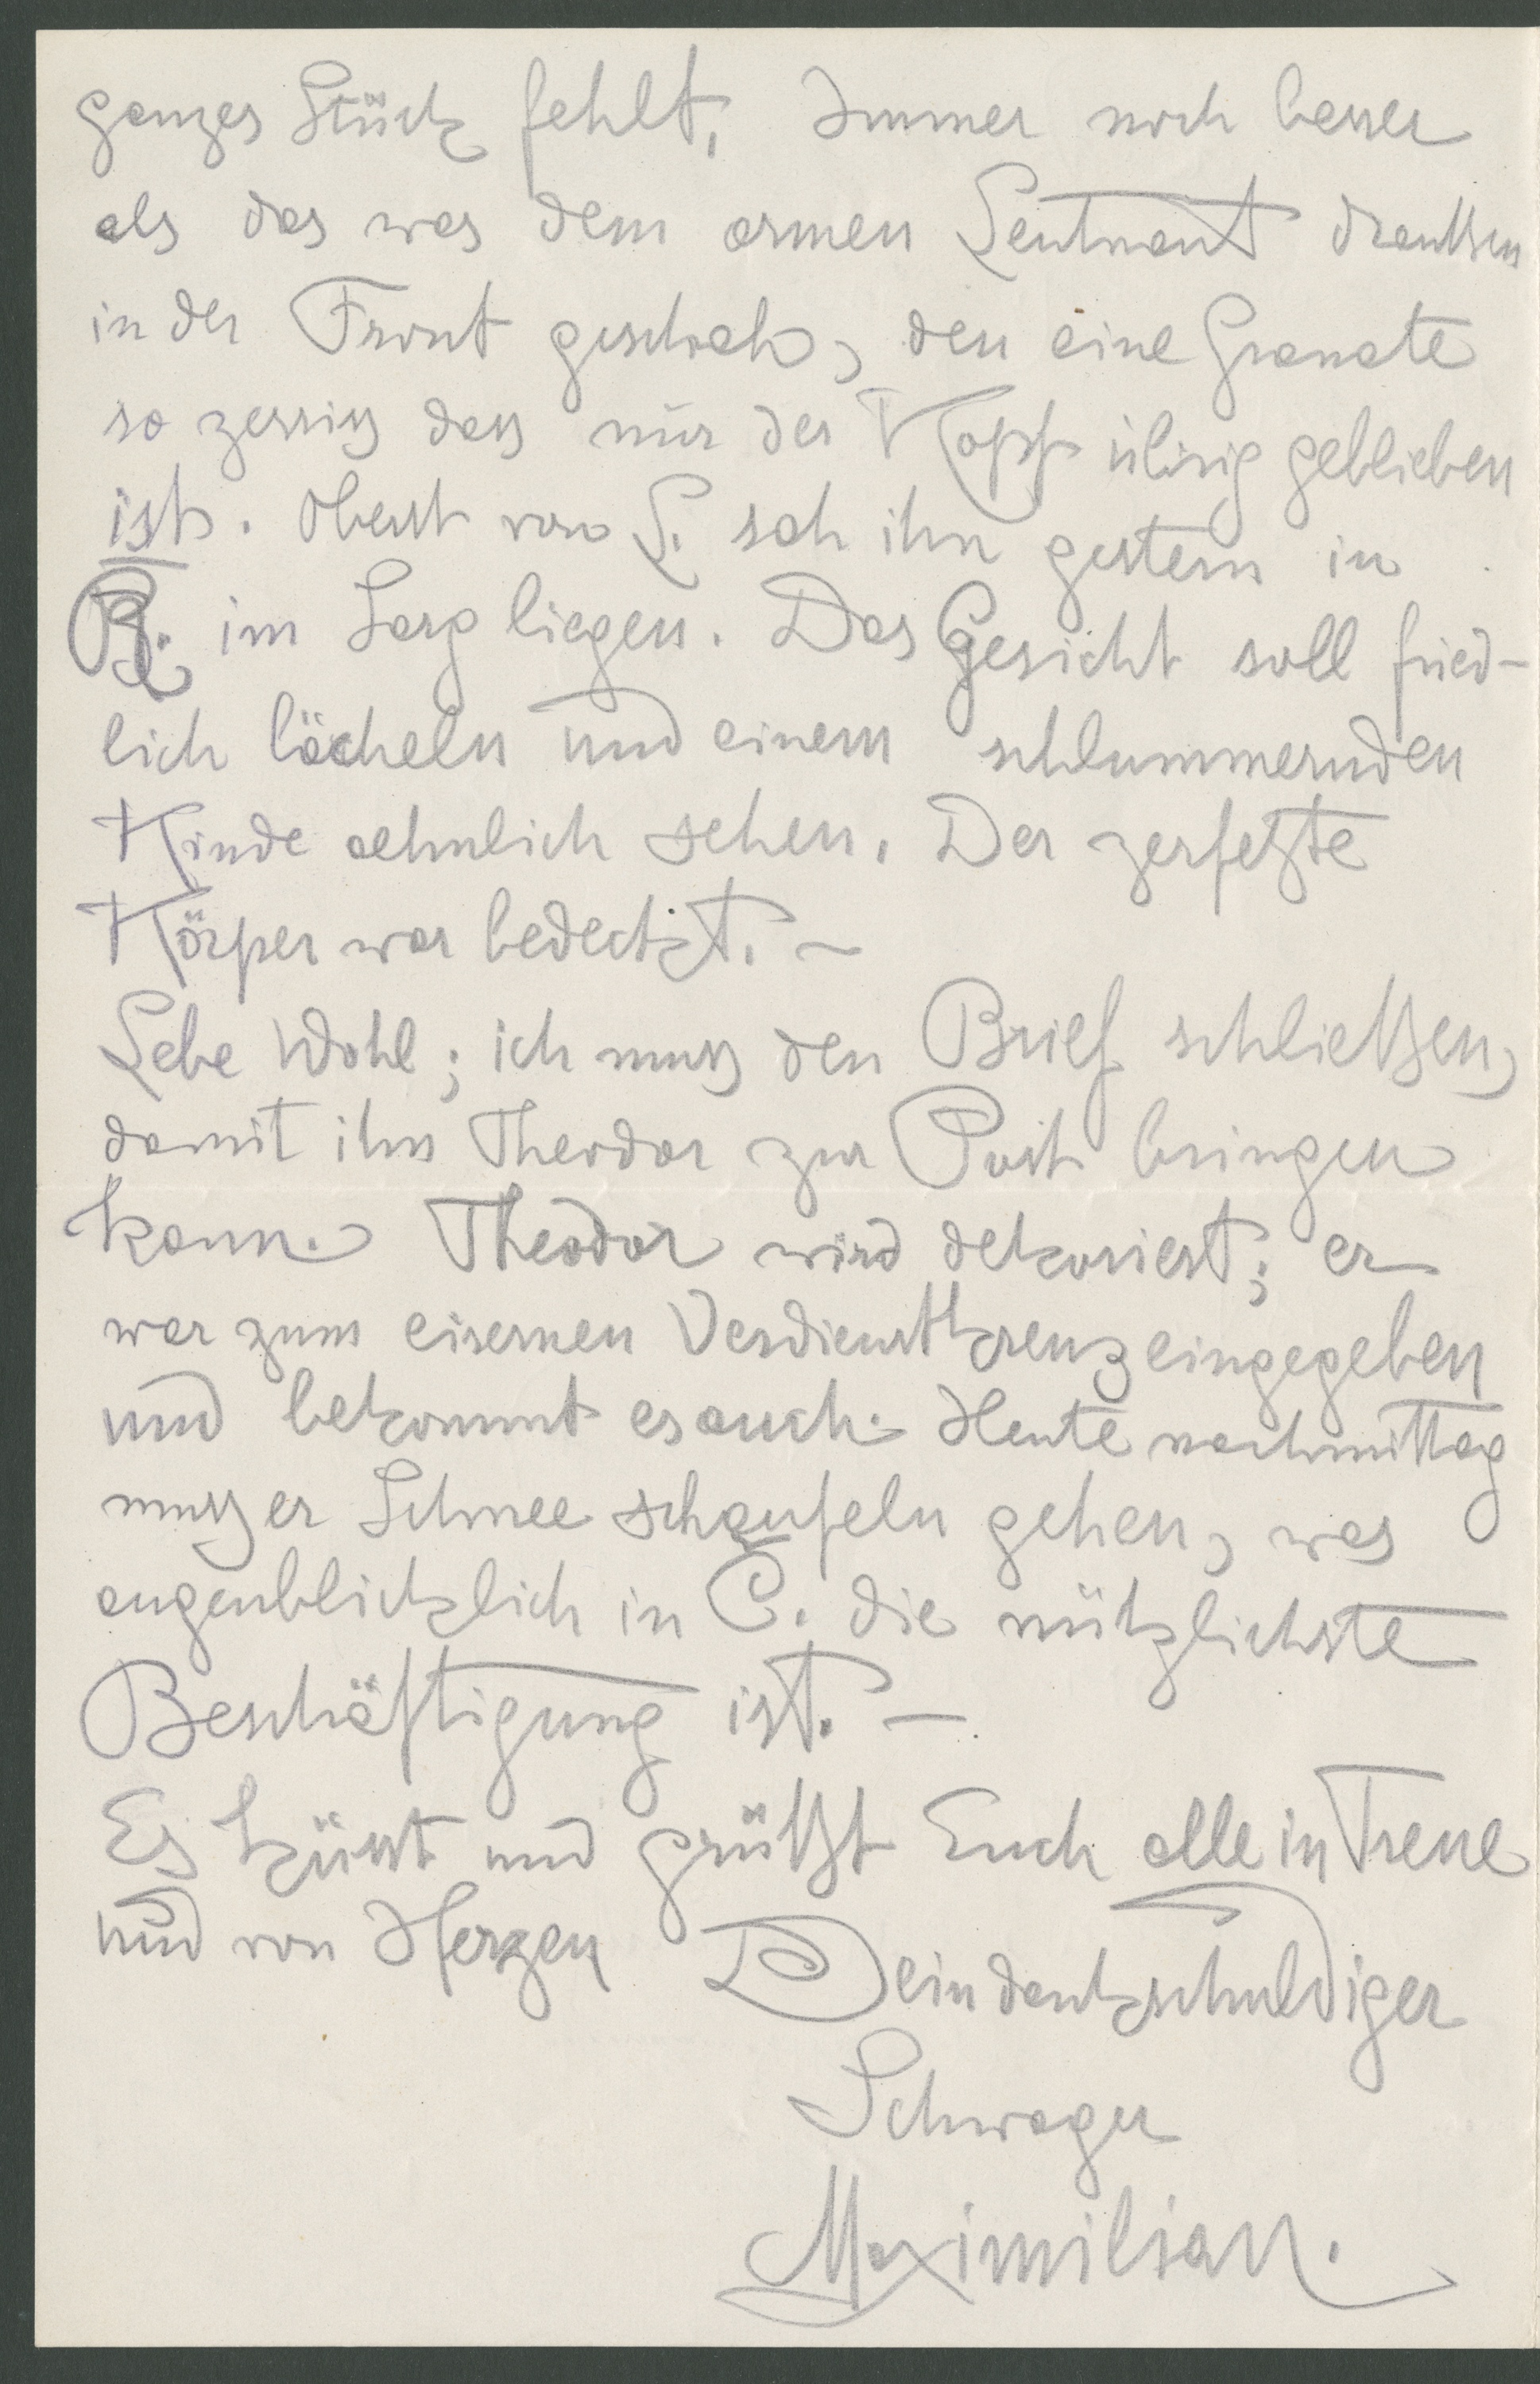
ganzes Stück fehlt. Immer noch besser
als das was dem armen Leutnant Mauthen
in der Front geschah, den eine Granate
so zerriss dass nur der Kopf übrig geblieben
ist. Oberst von L. sah ihn gestern in
R. im Sarg liegen. Das GEsicht soll fried-
lich lächeln und einem schlummernden
Kinde aehnlich sehen. Der zerfetzte
Körper war bedeckt.
Lebe wohl; ich muss den Brief schließen,
damit ihn Theodor zur Post bringen
kann. Theodor wird dekoriert, er
war zum eisernen Verdienstkreuz eingegeben
und bekommt es auch. Heute nachmittag
muss er Schnee schaufeln gehen, was
augenblicklich in C. die nützlichste
Beschäftigung ist.
Es küsst und grüßt Euch alle in Treue
und von Herzen Dein dankschuldiger
Schwager
Maximilian